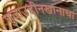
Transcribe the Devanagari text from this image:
शुजाउद्दीनखानाचा